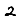
Digit: 2